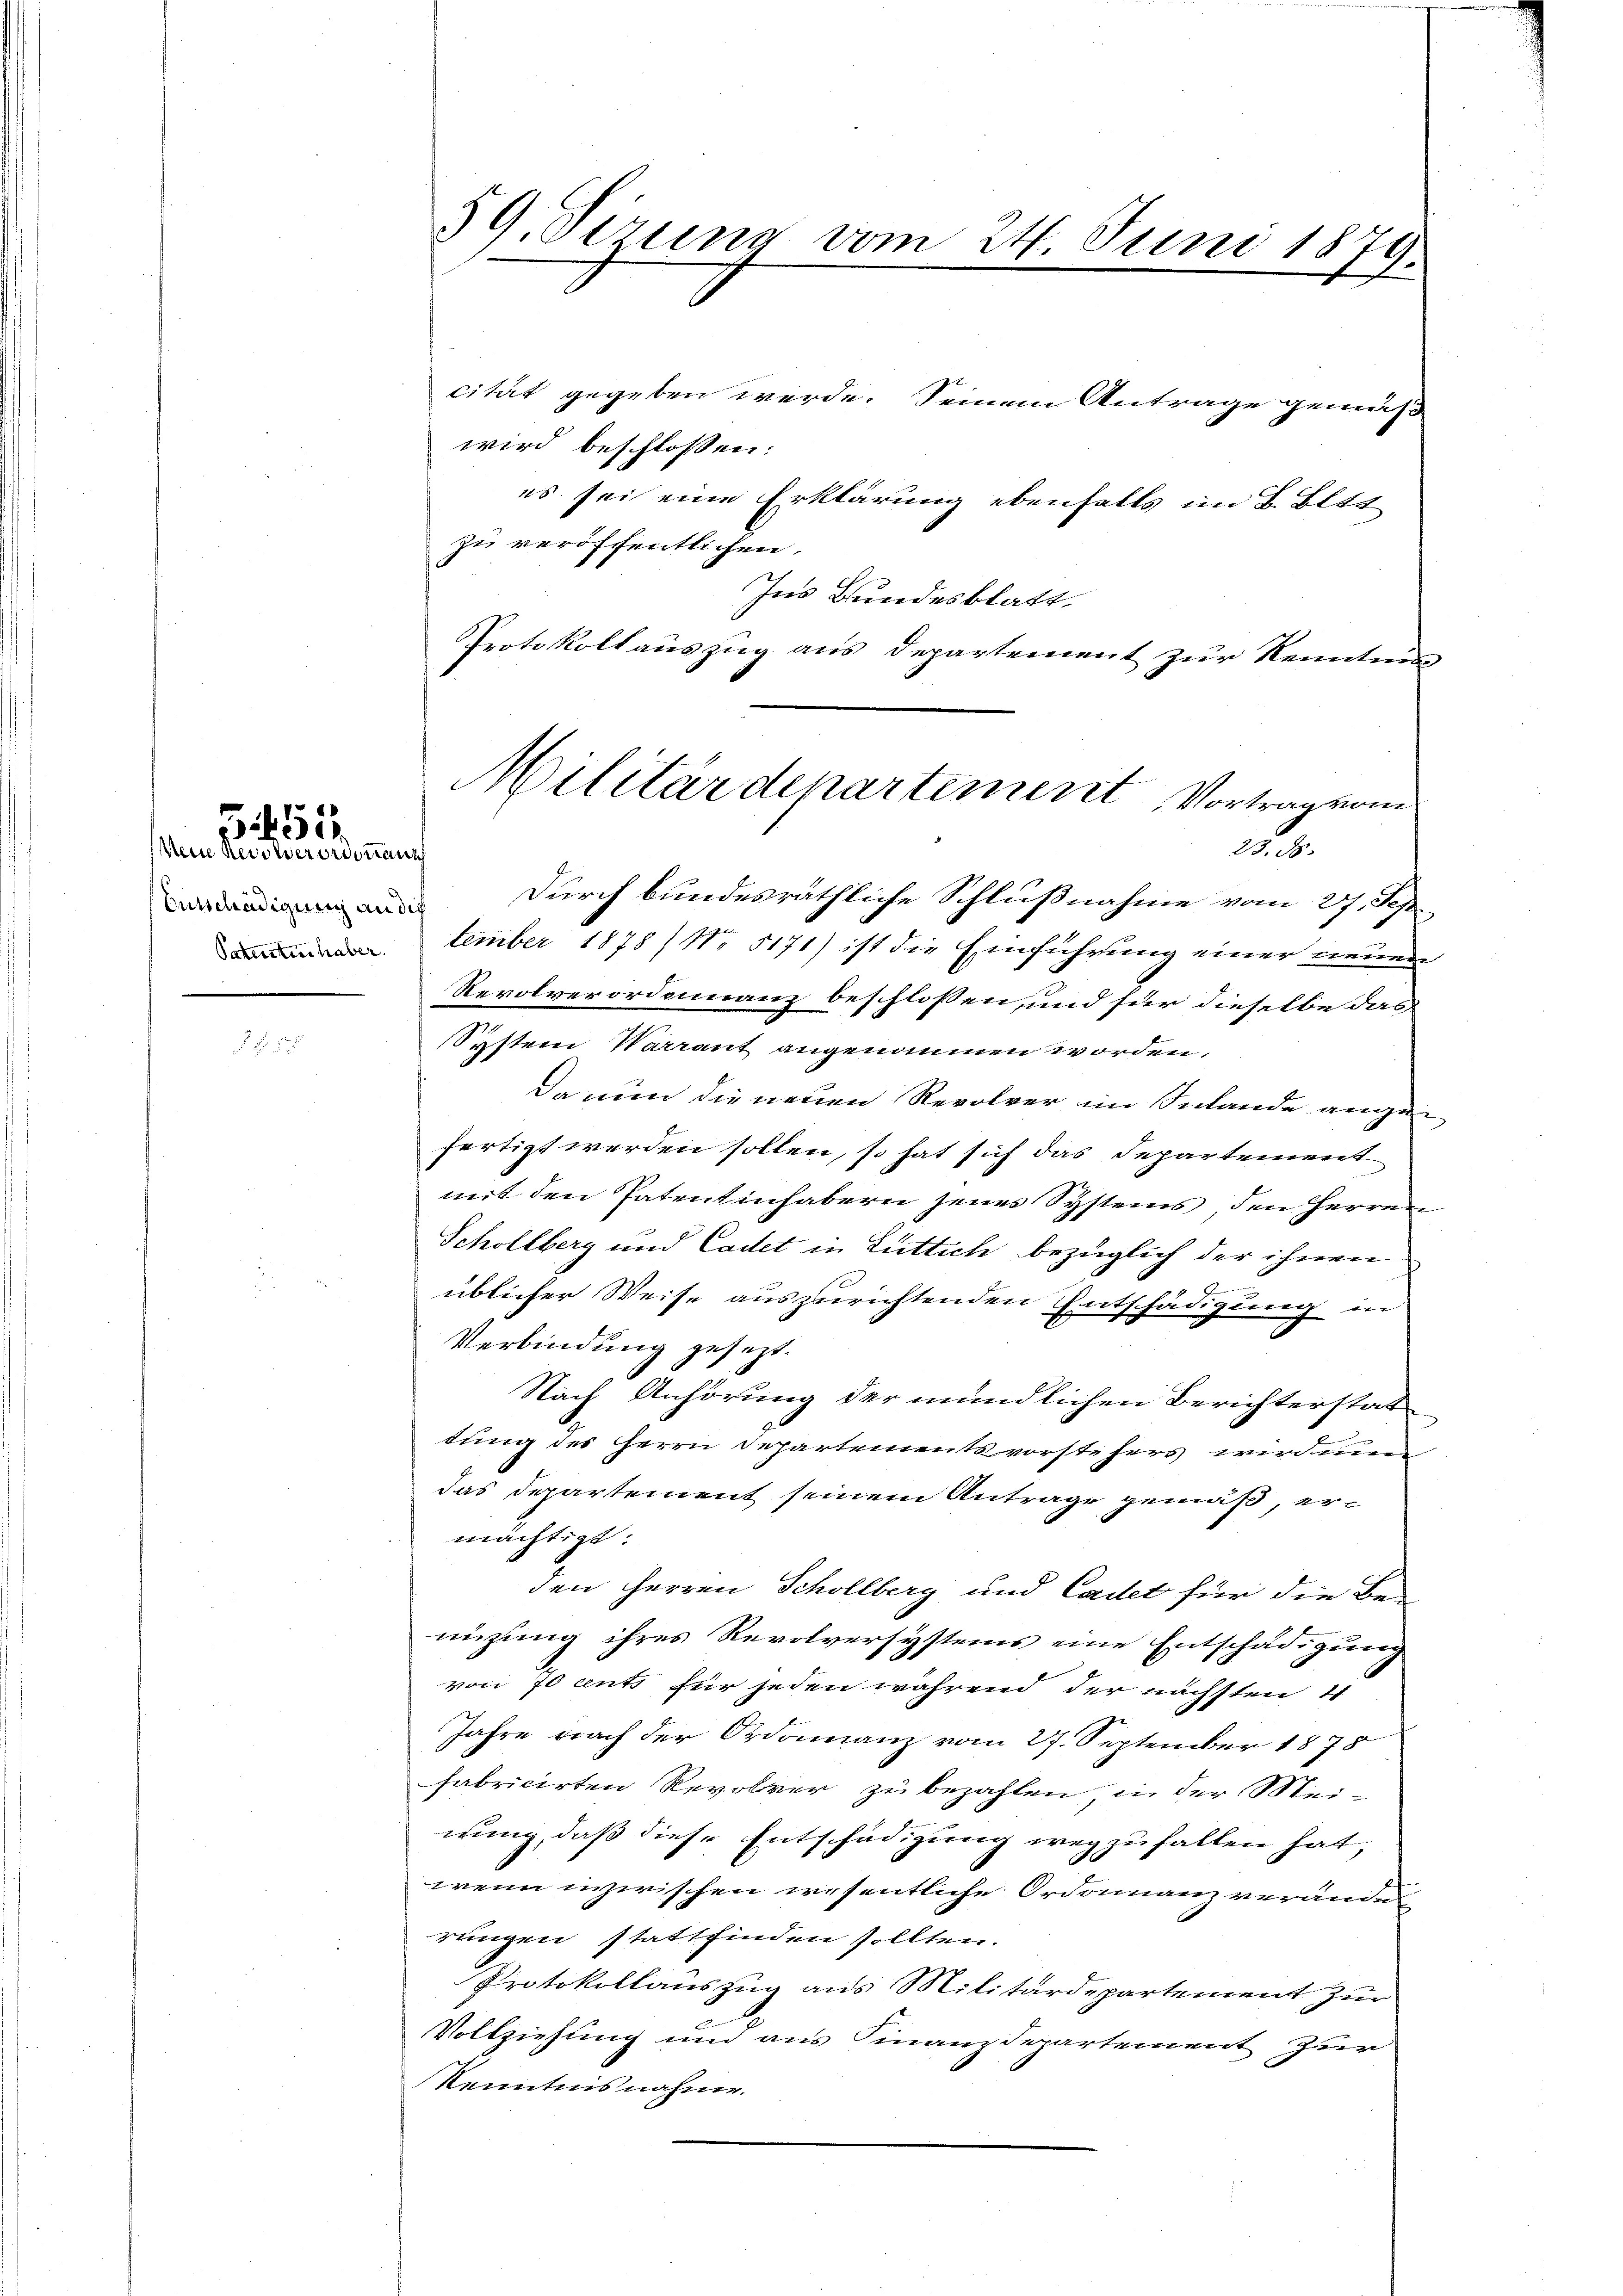
451.

(Mein Revolverordonnant
Entschädigung an die

59. Sirung vom 24. Juni 1879.

cität gegeben werde. Seinem Antrage gemäß
wird beschlossen:
es sei eine Erklärung ebenfalls im B. Bitt
zu veröffentlichen.
Ins Bundesblatt.
Protokollauszug aus Departement zur Kenntni

Durch bundesräthliche Schlußnahme vom 27. Sep
tember 1878 (N. 5171) ist die Einführung einer neuen
Revolverordninanz beschlossen, und für dieselbe das
System Vorrant angenommen worden.
Da nun die neuen Revolver im Inlande angen
fertigt werden sollen, so hat sich das Departement
mit den Patentinhabern jenes Systems, den Herren
Schollberg und Cadet in Luttich bezüglich der ihnen
üblicher Weise auszurichtenden Entschädigung in
Verbindung gesezt.
Nach Anhörung der mündlichen Berichterstat
dung des Herrn Departementsvorstehers wirdnung
das Departement seinem Antrage gemäß, er-
mächtigt:
den Herren Schollberg und Cadet für die Be-
nizung ihres Revolversystems eine Entschädigung
von 70 ents für jeden während der nächsten 4
Jahre nach der Ordonnanz vom 27. September 1875
fabricirten Revolver zu bezahlen, in der Meinung, daß diese Entschädigung wegzufallen hat,
wenn inzwischen wesentliche Ordonanz veränden
rungen stattfinden sollten.
Protokollauszug aus Militärdepartement zur
Vollziehung und aus Finanzdepartement zur
Kenntnisnahme.

Militärdepartement Vortrag vom
2. 3.